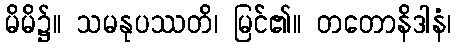
မိမိ၌။ သမနုပဿတိ၊ မြင်၏။ တတောနိဒါနံ၊